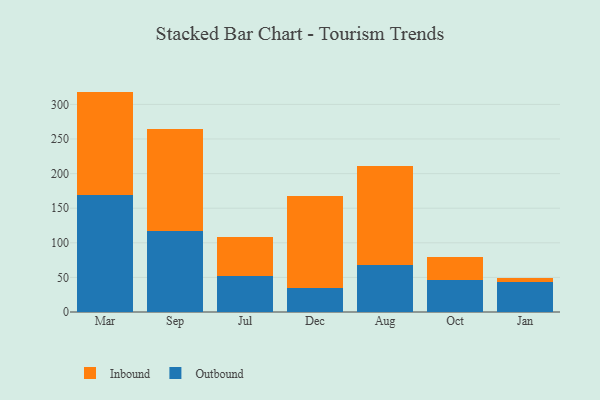
{"axis": {"x": "Month", "y": "Humidity (%)"}, "legend": ["Inbound", "Outbound"], "data": [{"x": "Mar", "y": 169.5, "type": "Outbound"}, {"x": "Mar", "y": 149.0, "type": "Inbound"}, {"x": "Sep", "y": 117.5, "type": "Outbound"}, {"x": "Sep", "y": 147.0, "type": "Inbound"}, {"x": "Jul", "y": 51.5, "type": "Outbound"}, {"x": "Jul", "y": 56.3, "type": "Inbound"}, {"x": "Dec", "y": 35.3, "type": "Outbound"}, {"x": "Dec", "y": 131.8, "type": "Inbound"}, {"x": "Aug", "y": 68.1, "type": "Outbound"}, {"x": "Aug", "y": 143.6, "type": "Inbound"}, {"x": "Oct", "y": 45.6, "type": "Outbound"}, {"x": "Oct", "y": 34.3, "type": "Inbound"}, {"x": "Jan", "y": 44.0, "type": "Outbound"}, {"x": "Jan", "y": 5.5, "type": "Inbound"}]}